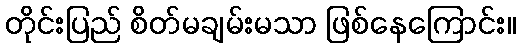
တိုင်းပြည် စိတ်မချမ်းမသာ ဖြစ်နေကြောင်း။